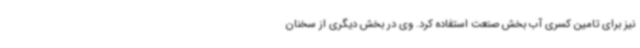
نیز برای تامین کسری آب بخش صنعت استفاده کرد. وی در بخش دیگری از سخنان